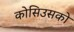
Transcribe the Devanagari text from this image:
कोसिउसको